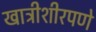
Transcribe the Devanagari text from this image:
खात्रीशीरपणे